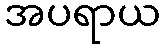
အပရာယ